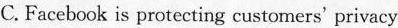
C.Facebcok is protecting customers' privacy